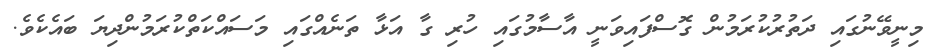
މިނީވޭނުގައި ދަތުރުކުރަމުން ގޮސްފައިވަނީ އާސާމުގައި ހުރި ގާ އަޅާ ތަނެއްގައި މަސައްކަތްކުރަމުންދިޔަ ބައެކެވެ.